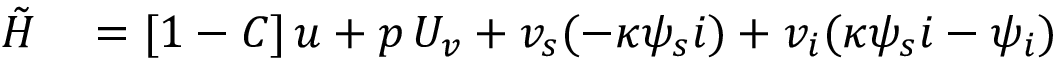
\begin{array} { r l } { \tilde { H } } & { { } = [ 1 - C ] \, u + p \, U _ { v } + v _ { s } ( - \kappa \psi _ { s } i ) + v _ { i } ( \kappa \psi _ { s } i - \psi _ { i } ) } \end{array}